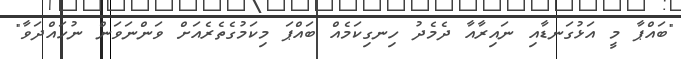
"ބައްޕާ މީ އަޅުގަނޑާއި ނައިރާއާ ދެމެދު ހިނގިކަމެއް ބައްޕަ މިކަމުގެތެރެއަށް ވަންނަވަން ނުހައްދަވާ"